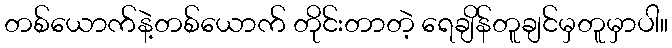
တစ်ယောက်နဲ့တစ်ယောက် တိုင်းတာတဲ့ ရေချိန်တူချင်မှတူမှာပါ။